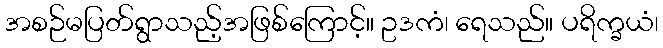
အစဉ်မပြတ်ရွာသည့်အဖြစ်ကြောင့်။ ဥဒကံ၊ ရေသည်။ ပရိက္ခယံ၊